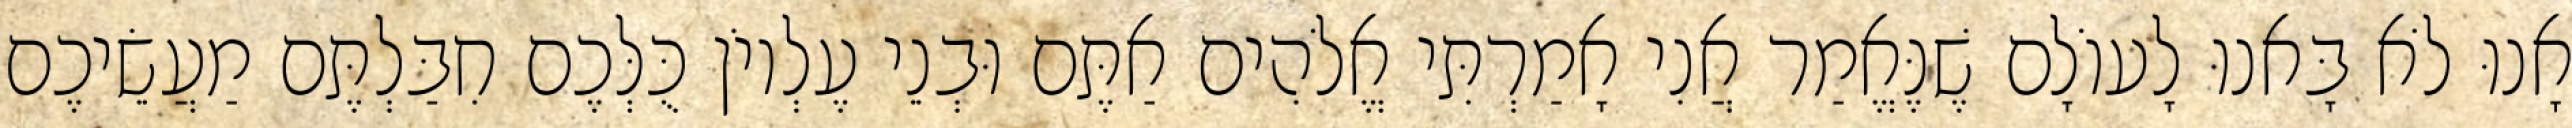
אָנוּ לֹא בָּאנוּ לָעוֹלָם שֶׁנֶּאֱמַר אֲנִי אָמַרְתִּי אֱלֹהִים אַתֶּם וּבְנֵי עֶלְיוֹן כֻּלְּכֶם חִבַּלְתֶּם מַעֲשֵׂיכֶם